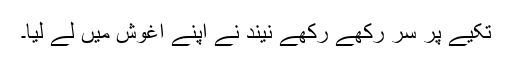
تکیے پر سر رکھے رکھے نیند نے اپنے آغوش میں لے لیا۔